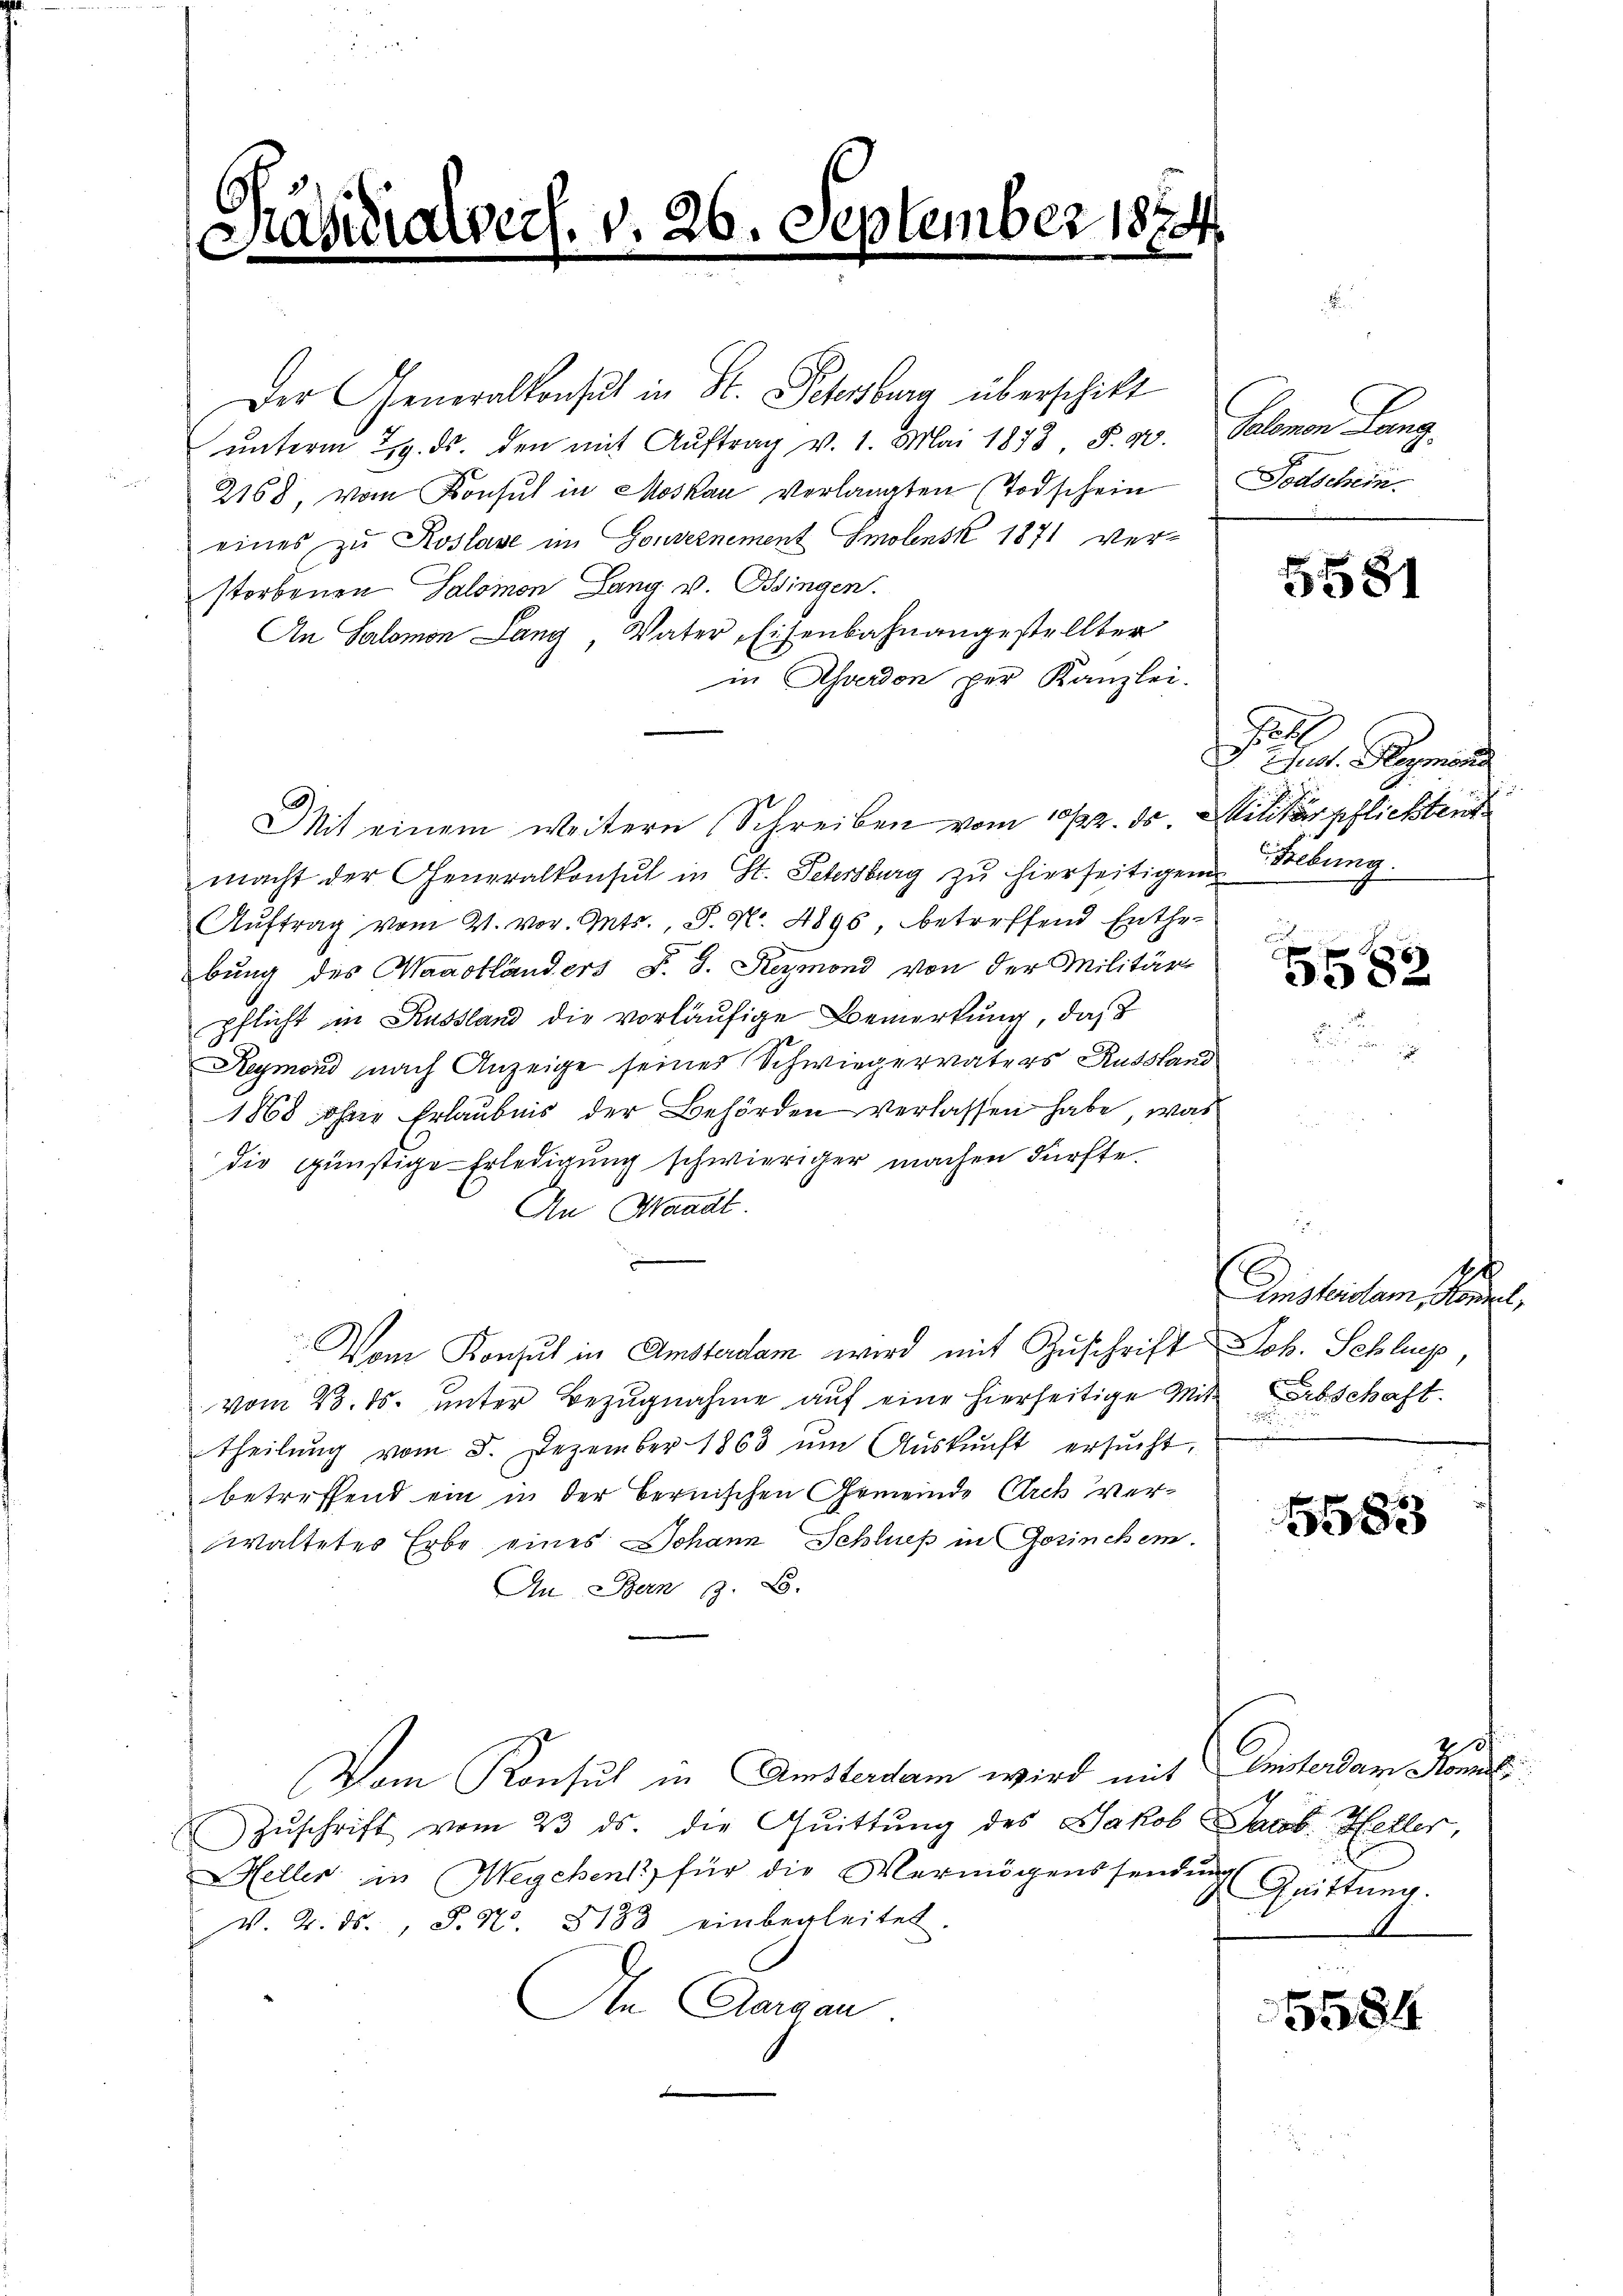
.

d. 26. Sep

vember 1874

Der Generalkonsul in St. Pechenburg überschikt
unterm 29. ds. den mit Auftrag v. 1. Mai 1873, S. 90. Salomon Lang,
2168, vom Konsul in Moskau verlangten (Todschein
eines zu Koslave im Gouvernement Smolensk 1871 verstorbenen Salomon Lang v. Bingen.
An Salomon Lang, Vater, Eisenbahnangestellter
in Averdon per Kanzlei.
Mit einem weitern Schreiben vom 12. ds. Militärpflichstent
macht der Generalkonsul in St. Petersburg zu hierseitigen
Auftrag vom 21. vor. Mts., P. Nr. 4896, betreffend Enthe-
bung des Waadtländers P. G. Reymond von der Militär-
pflicht in Aussland die vorläufige Bemerkung, daß
Reymond nach Anzeige seines Schwiegervaters Russland
1868 ohner Erlaubnis der Behörden verlassen habe, was
die günstige Erledigung schwieriger machen dürfte.
An Waadt.
Vom Konsul in Amsterdam wird mit Zuschrift Joh. Schlug,
vom 23. ds. unter Bezugnahme auf eine hierseitige Mit Abschaft.
theilŭng vom 8. Dezember 1863 ŭm Aŭskŭnft ersŭcht,
betreffend ein in der Bernischen Gemeinde Arch verwaltetes Erbe eines Johann Schließ in Gesinchem.
In Bern z. B.
Vom Konsul in Amsterdam wird mit Unterdam Konnt
Zŭschrift vom 23. ds. die Quittung des Jakob Jacob Heller,
Heller in Megchenk für die Vermögenssendung
V. 2. ds., S. Nr. 8183 einbegleitet.
An Aargau.

Todschein.

u

5581

.
Dr. Gr. Regi
Febung.

82

Finsleisten Mann

1583

0.
Quittung.

5584